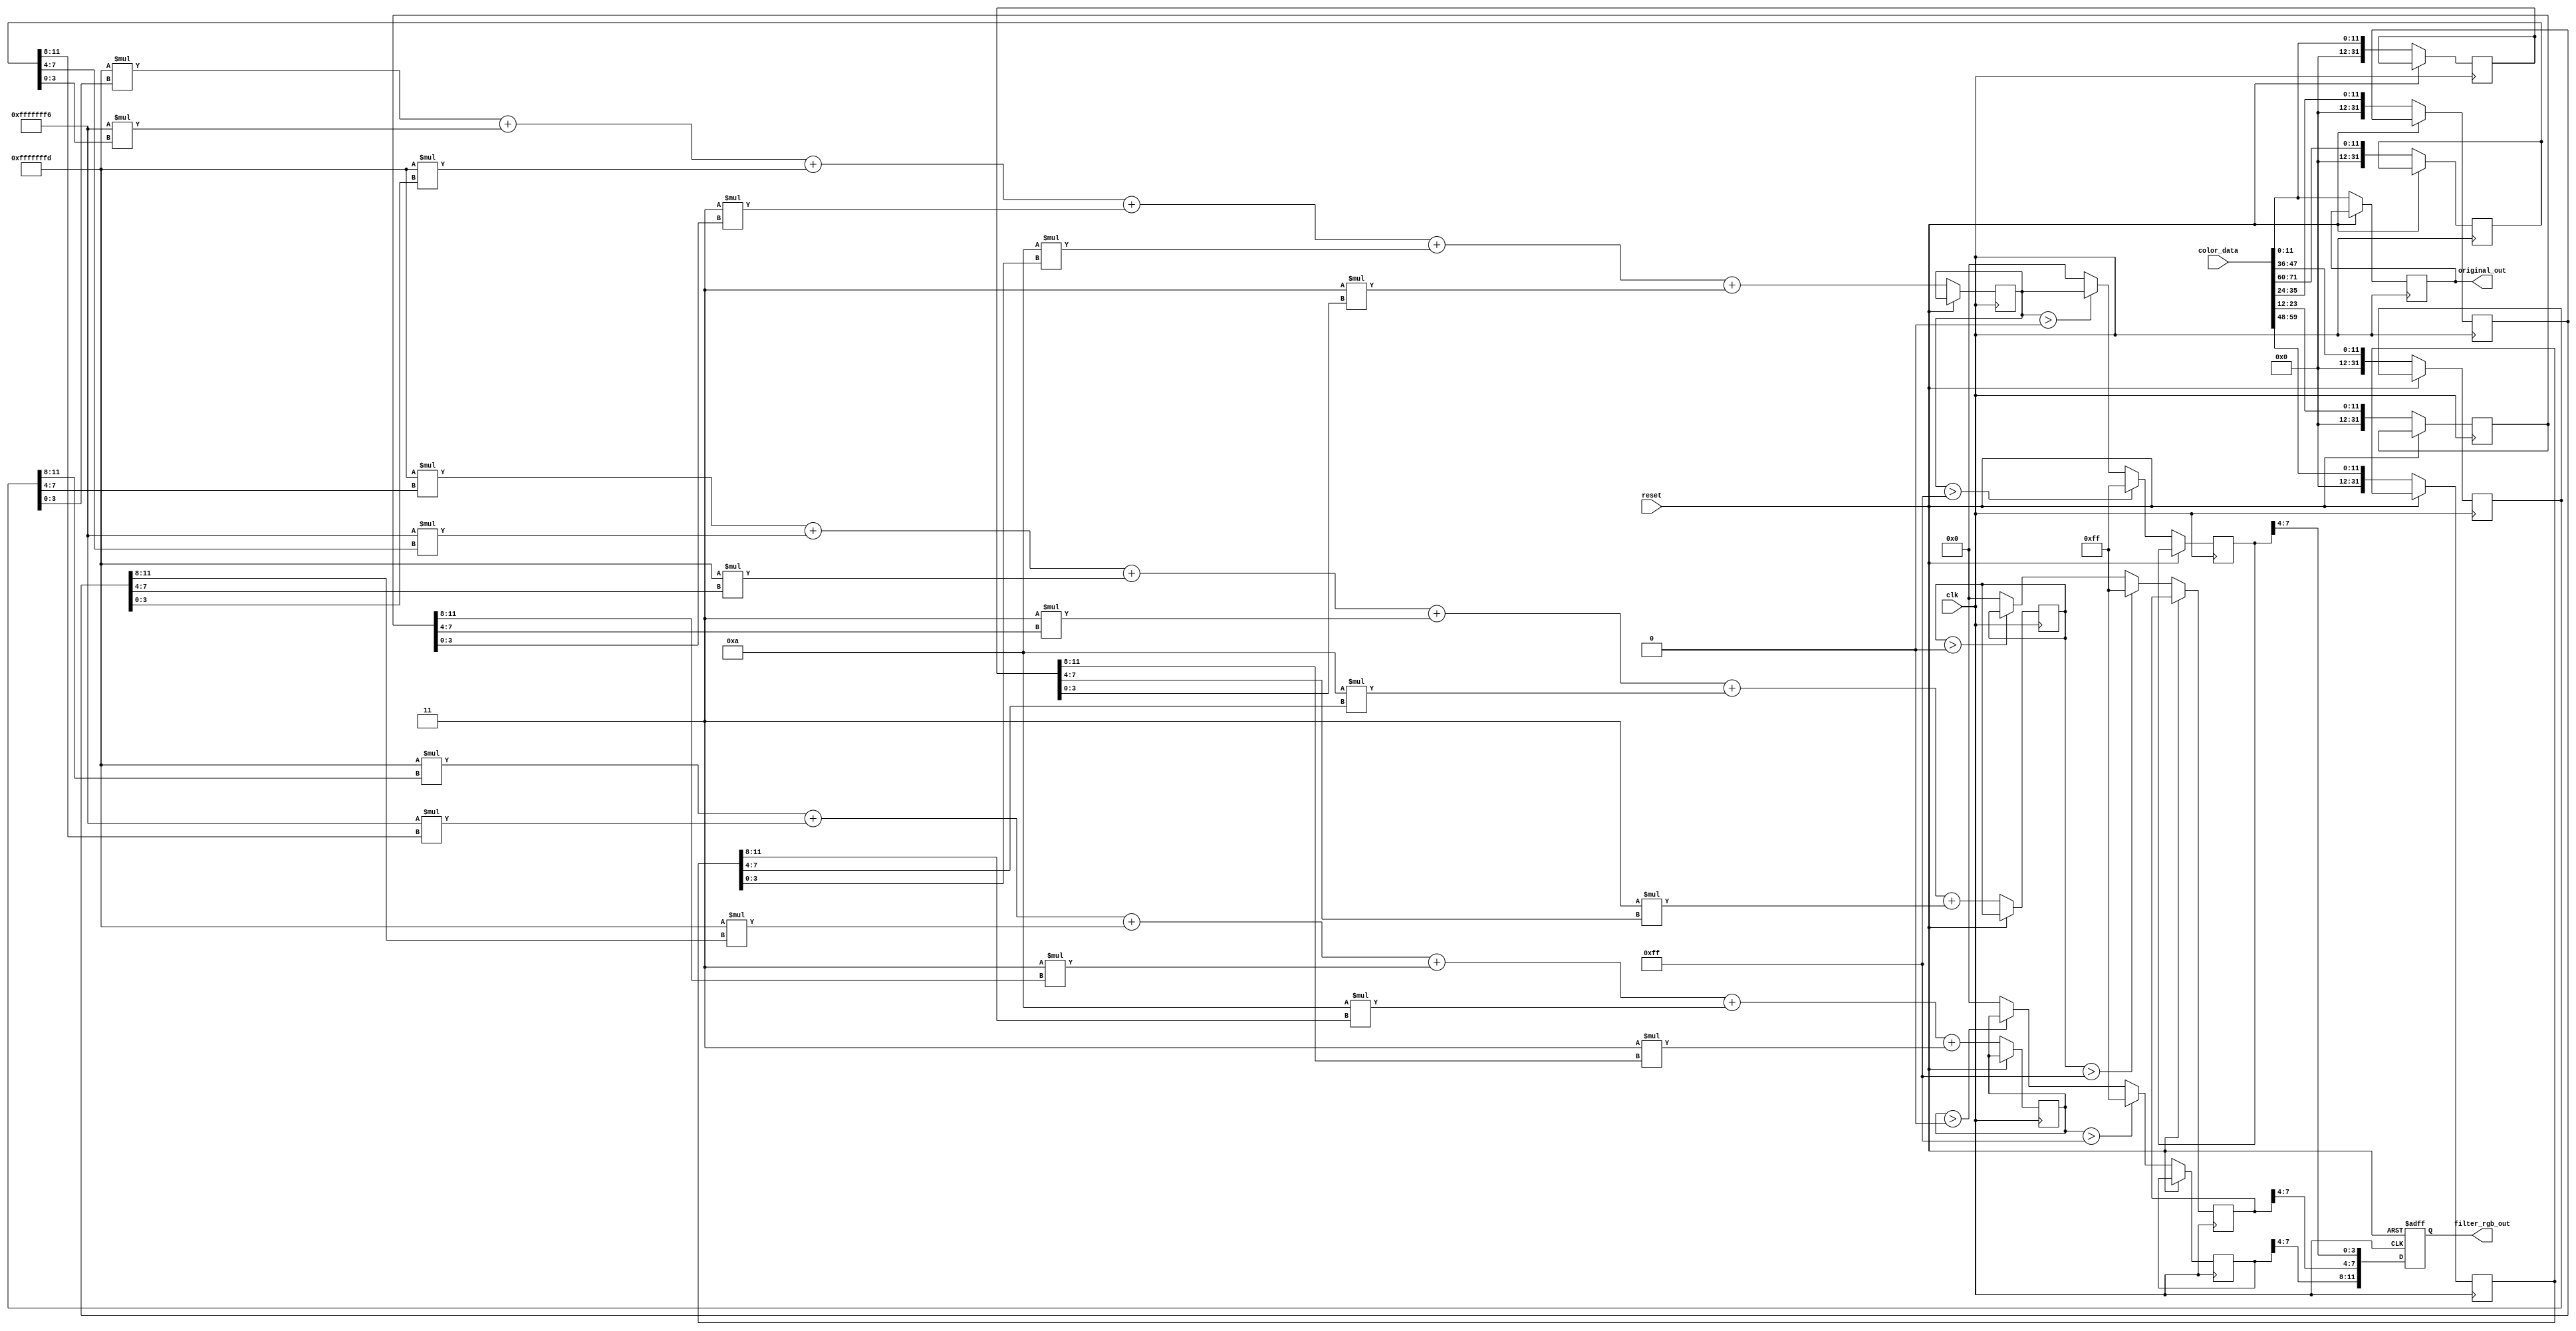
module sobel_edge_detect_Y_filter_module
	(
		input clk,
		input reset,
		input [107:0] color_data,
		output reg [11:0] filter_rgb_out,
		output reg [11:0] original_out
	);

	integer upleft;
	integer up;
	integer upright;
	integer left;
	integer original;
	integer right;
	integer downleft;
	integer down;
	integer downright;

	integer red;
	integer green;
	integer blue;
	integer red_filtered;
	integer green_filtered;
	integer blue_filtered;

	always @(posedge clk, posedge reset) begin
		if (reset) begin
			filter_rgb_out <= 0;
		end else begin
			upleft <= color_data[47:36];
			up <= color_data[71:60];
			upright <= color_data[35:24];
			left <= color_data[95:84];
			original <= color_data[107:96];
			right <= color_data[83:72];
			downleft <= color_data[23:12];
			down <= color_data[59:48];
			downright <= color_data[11:0];
			original_out <= color_data[11:0];

// schar kernel
// https://docs.opencv.org/3.4/d2/d2c/tutorial_sobel_derivatives.html

	red <= ((-3*upleft[11:8])+(-10*up[11:8])+(-3*upright[11:8])+(3*downleft[11:8])+(10*down[11:8])+(3*downright[11:8])) ;
	green <= ((-3*upleft[7:4])+(-10*up[7:4])+(-3*upright[7:4])+(3*downleft[7:4])+(10*down[7:4])+(3*downright[7:4])) ;
	blue <= ((-3*upleft[3:0])+(-10*up[3:0])+(-3*upright[3:0])+(3*downleft[3:0])+(10*down[3:0])+(3*downright[3:0])) ;


			red_filtered <= red > 255 ? 255: (red > 0 ? red: 0);
			green_filtered <= green > 255 ? 255: (green > 0 ? green: 0);
			blue_filtered <= blue > 255 ? 255: (blue > 0 ? blue: 0);
			filter_rgb_out[11:8] <= red_filtered[7:4];
			filter_rgb_out[7:4] <= green_filtered[7:4];
			filter_rgb_out[3:0] <= blue_filtered[7:4];

		end

	end
endmodule